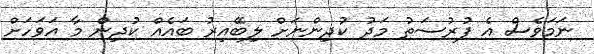
ނަމަވެސް އެ ފުރުސަތު މަދު ކުދިންނަށް ލިބޭއިރު ބައެއް ކުދިން މާ އަވަހަށް